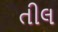
તીલ